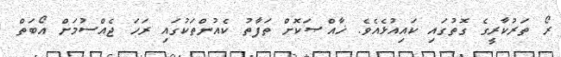
ރޯ ތަރުކާރީގެ ގޮތުގައި ކައިއުޅެއެވެ. ޚާއްޞަކޮށް ތަފާތު ކެއުންތަކުގައި ރަހަ ޖެއްސުމަށް އޯބަތް